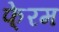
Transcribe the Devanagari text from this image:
फे्रम